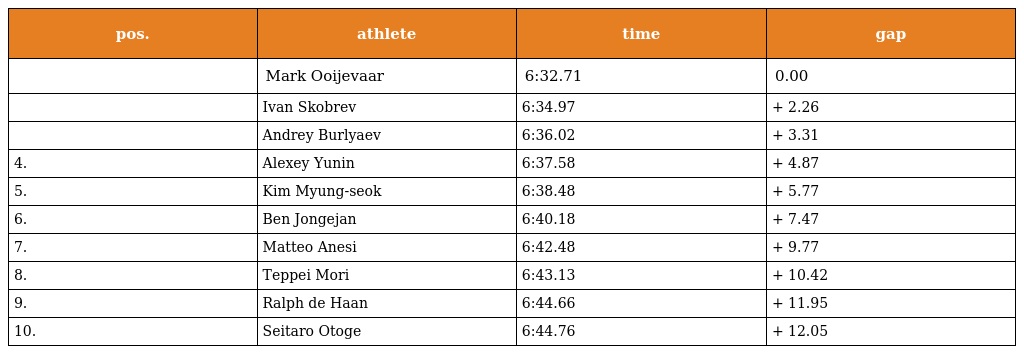
| pos. | athlete | time | gap |
 | --- | --- | --- | --- |
 |  | Mark Ooijevaar | 6:32.71 | 0.00 |
 |  | Ivan Skobrev | 6:34.97 | + 2.26 |
 |  | Andrey Burlyaev | 6:36.02 | + 3.31 |
 | 4. | Alexey Yunin | 6:37.58 | + 4.87 |
 | 5. | Kim Myung-seok | 6:38.48 | + 5.77 |
 | 6. | Ben Jongejan | 6:40.18 | + 7.47 |
 | 7. | Matteo Anesi | 6:42.48 | + 9.77 |
 | 8. | Teppei Mori | 6:43.13 | + 10.42 |
 | 9. | Ralph de Haan | 6:44.66 | + 11.95 |
 | 10. | Seitaro Otoge | 6:44.76 | + 12.05 |